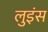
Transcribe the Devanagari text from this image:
लुइंस